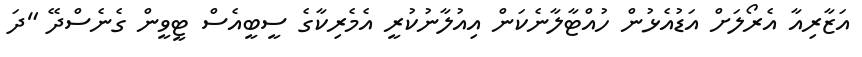
އަޒާރިއާ އެރޯލަށް އަޑުއެޅުން ހުއްޓާލާނެކަން އިއުލާނުކުރީ އެމެރިކާގެ ސީބީއެސް ޓީވީން ގެނެސްދޭ "ދަ